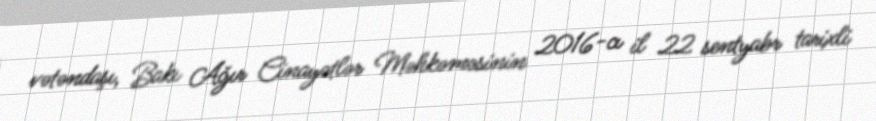
vətəndaşı, Bakı Ağır Cinayətlər Məhkəməsinin 2016-cı il 22 sentyabr tarixli